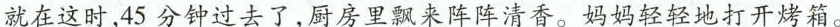
就在这时，45分钟过去了，厨房里飘来阵阵清香。妈妈轻轻地打开烤箱。